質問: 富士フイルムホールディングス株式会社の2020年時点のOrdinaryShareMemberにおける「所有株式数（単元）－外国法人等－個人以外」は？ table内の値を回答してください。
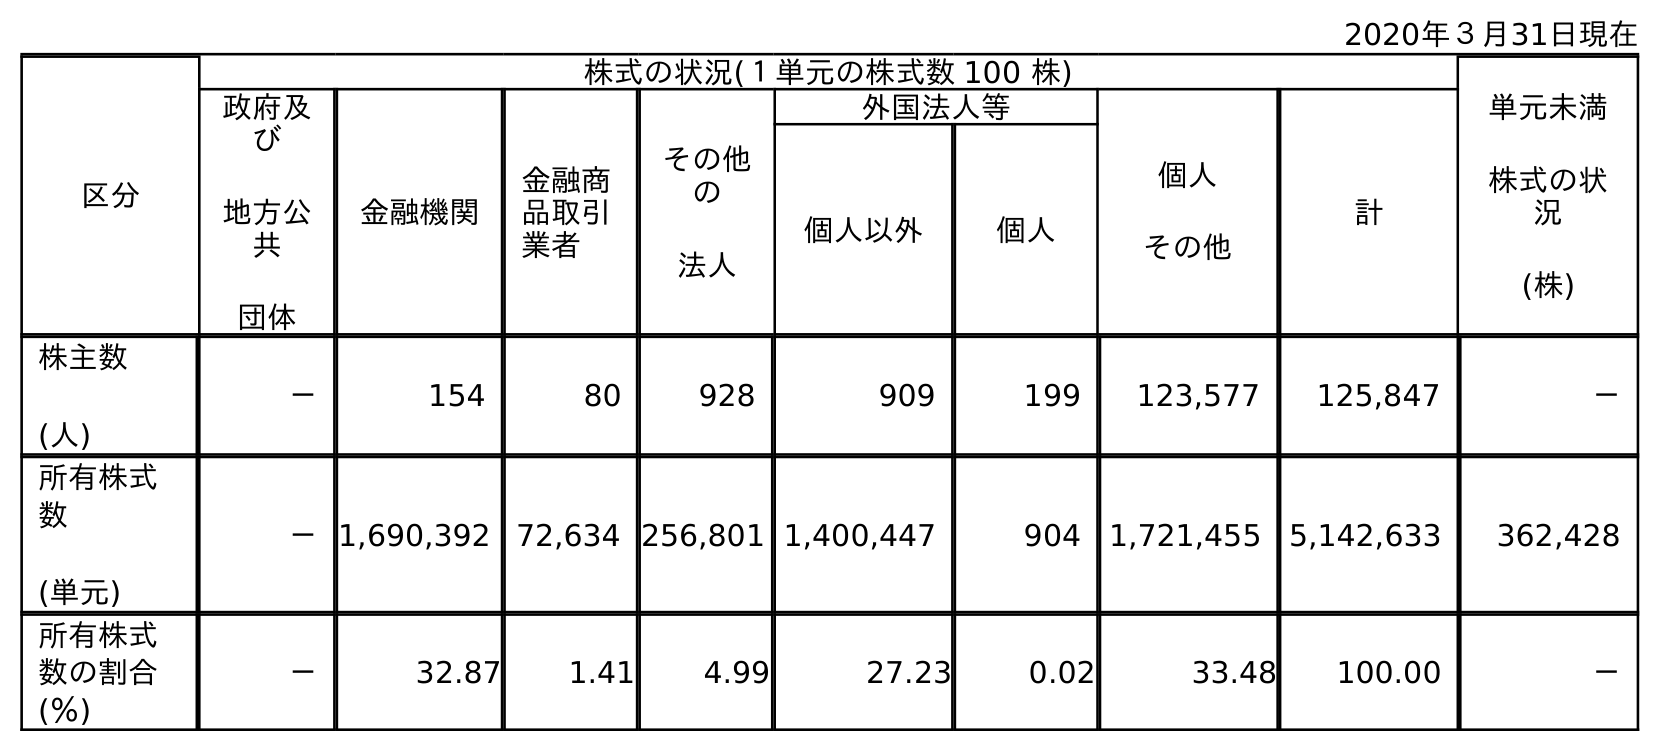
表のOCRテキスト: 2020年３月31日現在 区分 株式の状況(１単元の株式数 100 株) 単元未満 株式の状 況 (株) 政府及 び 地方公 共 団体 金融機関 金融商 品取引 業者 その他 の 法人 外国法人等 個人 その他 計 個人以外 個人 株主数 (人) － 154 80 928 909 199 123,577 125,847 － 所有株式 数 (単元) －1,690,392 72,634 256,801 1,400,447 904 1,721,455 5,142,633 362,428 所有株式 数の割合 (％) － 32.87 1.41 4.99 27.23 0.02 33.48 100.00 －
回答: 1,400,447